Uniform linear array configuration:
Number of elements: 32
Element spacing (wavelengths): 1
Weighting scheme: binomial
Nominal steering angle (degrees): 45
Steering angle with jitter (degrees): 45.979
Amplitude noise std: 0.05
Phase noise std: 0.05

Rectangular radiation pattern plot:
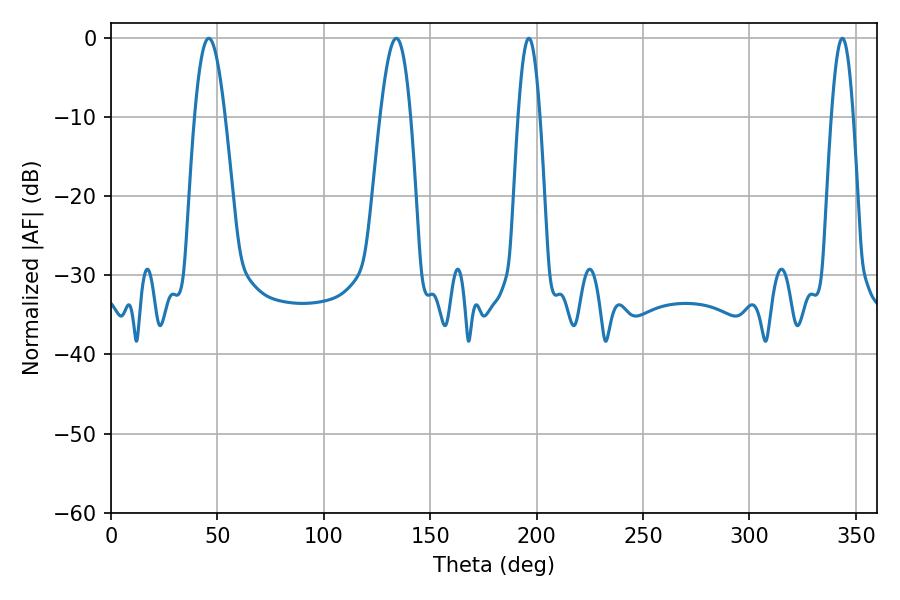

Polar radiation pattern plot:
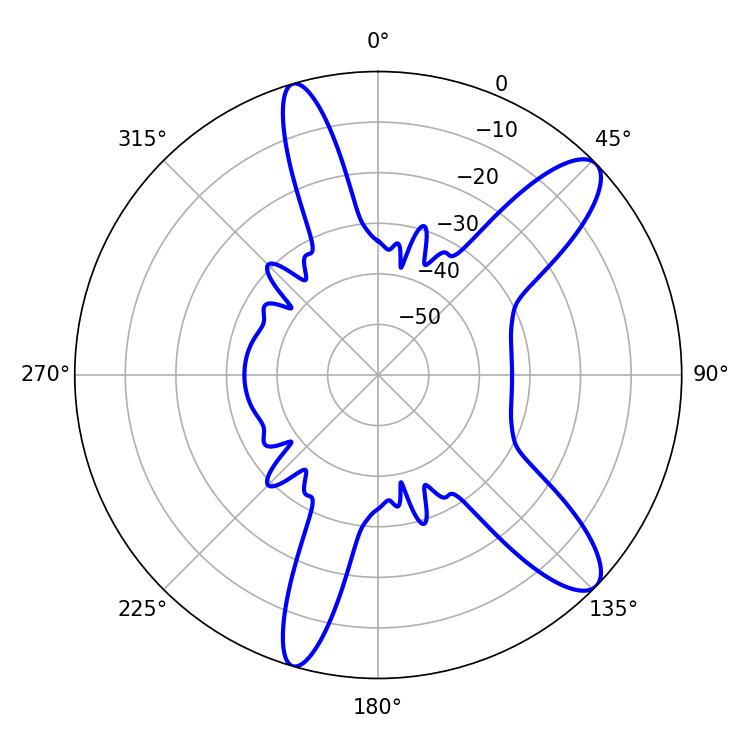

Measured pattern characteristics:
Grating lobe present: TRUE
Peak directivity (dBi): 11.168
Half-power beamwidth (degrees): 7.56
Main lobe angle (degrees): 45.9